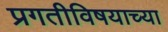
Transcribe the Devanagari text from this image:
प्रगतीविषयाच्या